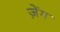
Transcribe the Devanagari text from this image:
ज़ेंग